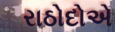
રાઠોદોએ